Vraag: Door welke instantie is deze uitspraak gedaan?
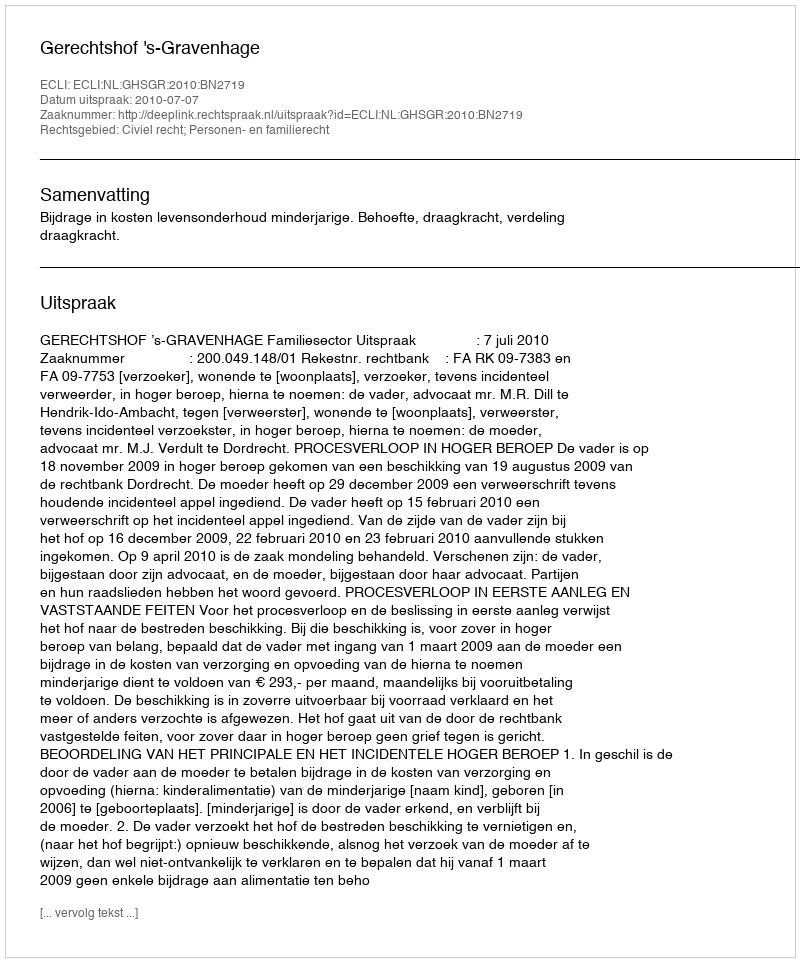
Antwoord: Gerechtshof 's-Gravenhage